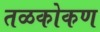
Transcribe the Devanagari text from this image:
तळकोकण